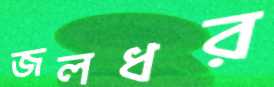
জলধর